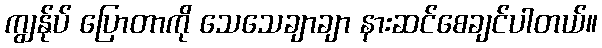
ကျွန်ုပ် ပြောတာကို သေသေချာချာ နားဆင်စေချင်ပါတယ်။